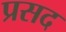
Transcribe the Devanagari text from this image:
प्रसद